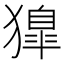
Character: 獋